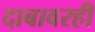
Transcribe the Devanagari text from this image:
दाबावरही